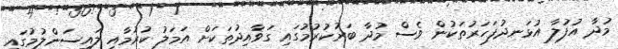
މުދާ އުފުލާ އުޅަނދުފަހަރުތަކުން ވެސް މުދާ ބަރުކުރުމުގައި ގަވާއިދުތަކަށް އަމަލު ކުރުމާއި ލައިސަންލުމުގައި